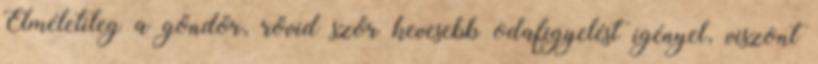
Elméletileg a göndör, rövid szőr kevesebb odafigyelést igényel, viszont